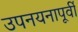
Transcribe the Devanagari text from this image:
उपनयनापूर्वी